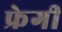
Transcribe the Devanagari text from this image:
फ्रेगी